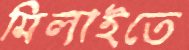
মিলাইতে